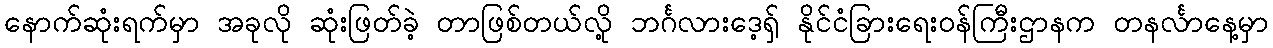
နောက်ဆုံးရက်မှာ အခုလို ဆုံးဖြတ်ခဲ့ တာဖြစ်တယ်လို့ ဘင်္ဂလားဒေ့ရ်ှ နိုင်ငံခြားရေးဝန်ကြီးဌာနက တနင်္လာနေ့မှာ